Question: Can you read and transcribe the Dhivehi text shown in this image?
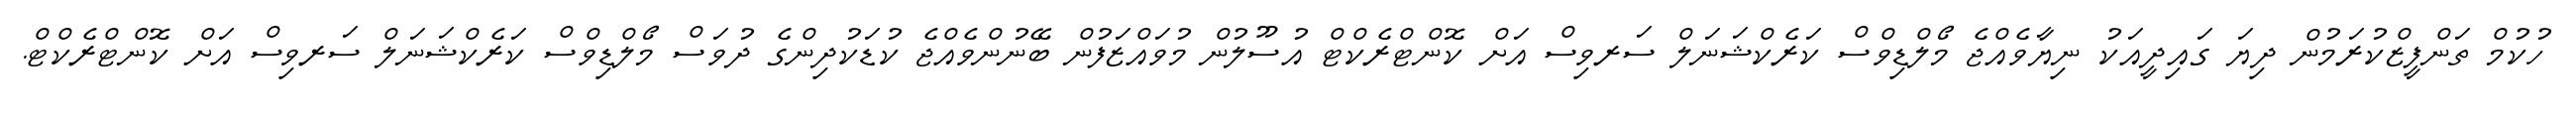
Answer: ހުކުމް ތަންފީޒްކުރަމުން ދިޔަ ގައިދީއަކު ނިޔާވެއްޖެ މޯލްޑިވްސް ކަރެކްޝަނަލް ސަރވިސް އަށް ކޮންޓްރެކްޓް އުސޫލުން މުވައްޒަފުން ބޭނުންވެއްޖެ ކުޑަކުދިންގެ ދުވަސް މޯލްޑިވްސް ކަރެކްޝަނަލް ސަރވިސް އަށް ކޮންޓްރެކްޓް.